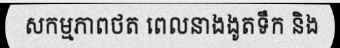
សកម្មភាពថត ពេលនាងងូតទឹក និង